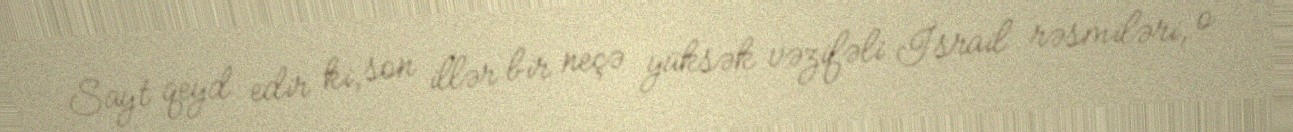
Sayt qeyd edir ki, son illər bir neçə yüksək vəzifəli İsrail rəsmiləri, o